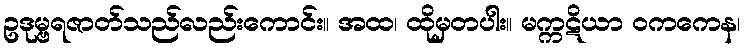
ဥဒုမ္ဗရဇာတ်သည်လည်းကောင်း။ အထ၊ ထိုမှတပါး။ မက္ကဋိယာ ဝကကေန၊